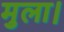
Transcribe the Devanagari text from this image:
मुला।